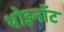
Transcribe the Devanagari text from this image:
थोइनॉट